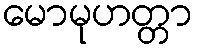
မောမုဟတ္တာ